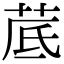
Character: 𦰘